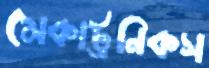
মেকাট্রনিকস